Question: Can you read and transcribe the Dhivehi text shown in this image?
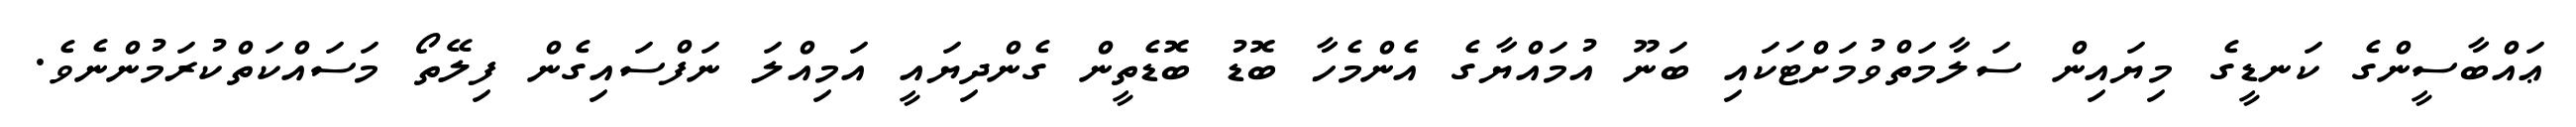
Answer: ޢައްބާސީންގެ ކަނޑީގެ މިޔައިން ސަލާމަތްވުމަށްޓަކައި ބަނޫ އުމައްޔާގެ އެންމެހާ ބޮޑު ބޮޑެތީން ގެންދިޔައީ އަމިއްލަ ނަފްސައިގެން ފިލޭތޯ މަސައްކަތްކުރަމުންނެވެ.